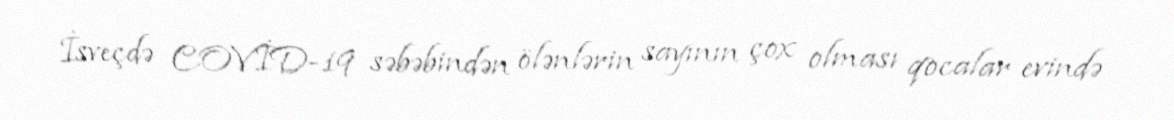
İsveçdə COVİD-19 səbəbindən ölənlərin sayının çox olması qocalar evində